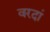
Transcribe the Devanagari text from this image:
वरदां